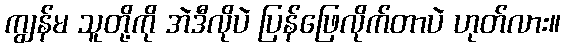
ကျွန်မ သူတို့ကို အဲဒီလိုပဲ ပြန်ဖြေလိုက်တာပဲ ဟုတ်လား။